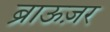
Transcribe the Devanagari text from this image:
ब्राऊज़र